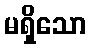
မရှိသော